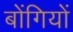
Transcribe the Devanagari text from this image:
बोंगियों